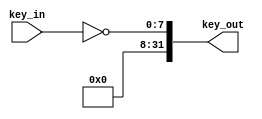
module Key (
    input [7:0] key_in,
    output [31:0] key_out
);
    assign key_out = {24'd0,~key_in};
endmodule